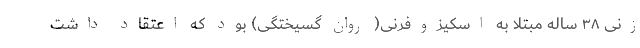
زنی ۳۸ ساله مبتلا به اسکیزوفرنی( روان گسیختگی) بود که اعتقاد داشت